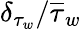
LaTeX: \delta_{\tau_{w}}/\overline{{\tau}}_{w}